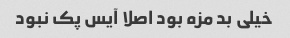
خیلی بد مزه بود اصلا آیس پک نبود